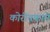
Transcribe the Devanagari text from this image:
कोरीवकामे